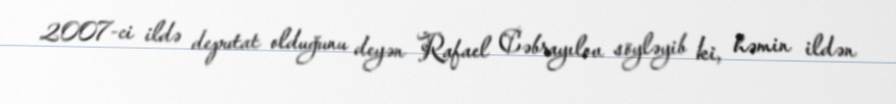
2007-ci ildə deputat olduğunu deyən Rafael Cəbrayılov söyləyib ki, həmin ildən